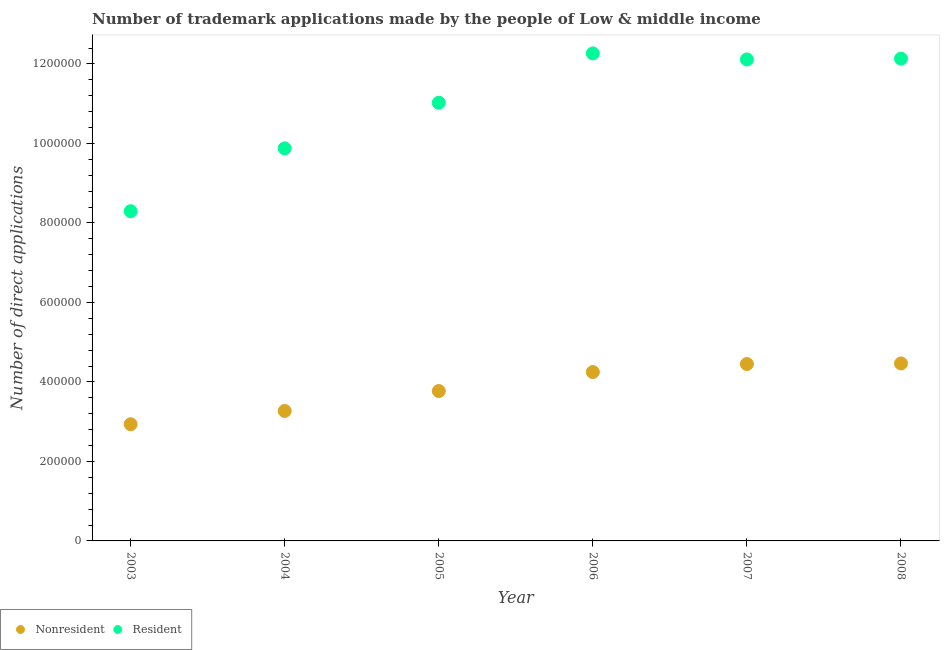
| Year | Nonresident | Resident |
 | --- | --- | --- |
 | 2003 | 2.94e+05 | 8.3e+05 |
 | 2004 | 3.27e+05 | 9.88e+05 |
 | 2005 | 3.77e+05 | 1.1e+06 |
 | 2006 | 4.25e+05 | 1.23e+06 |
 | 2007 | 4.45e+05 | 1.21e+06 |
 | 2008 | 4.47e+05 | 1.21e+06 |